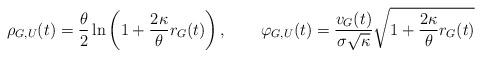
LaTeX: \begin{align*}\rho_{G,U}(t)=\frac{\theta}{2}\ln\left(1+\frac{2\kappa}{\theta}r_G(t)\right), && \varphi_{G,U}(t)=\frac{v_G(t)}{\sigma\sqrt{\kappa}}\sqrt{1+\frac{2\kappa}{\theta}r_G(t)}\end{align*}